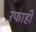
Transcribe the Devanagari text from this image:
रफाही